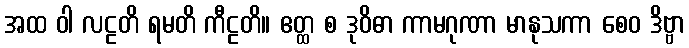
အထ ဝါ လဠတိ ရမတိ ကီဠတိ။ ဧတ္ထ စ ဒုဝိဓာ ကာမဂုဏာ မာနုသကာ စေဝ ဒိဗ္ဗာ